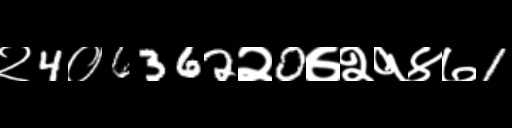
Text: २4०6362२0७२१४७1